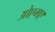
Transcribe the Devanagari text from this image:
ओएमए